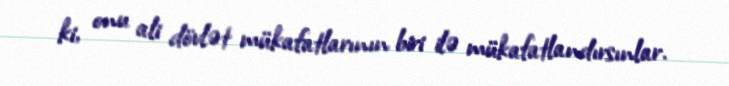
ki, onu ali dövlət mükafatlarının biri ilə mükafatlandırsınlar.